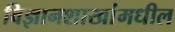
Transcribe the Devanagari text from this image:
विज्ञानशाखांमधील